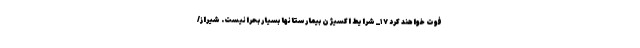
فوت خواهند کرد ۱۷_ شرایط اکسیژن بیمارستانها بسیار بحرانیست. شیراز/